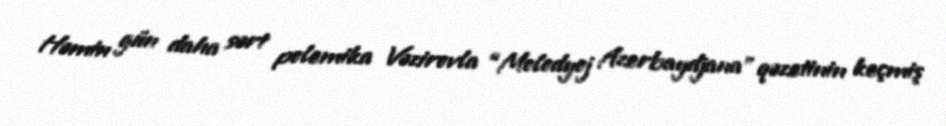
Həmin gün daha sərt polemika Vəzirovla “Molodyoj Azerbaydjana” qəzetinin keçmiş